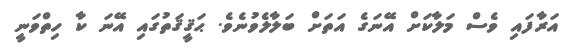
އަރާފައި ވެސް މަލާކަށް އޭނަގެ އަތަށް ބަލާލެވުނެވެ. ޙަޤީޤަތުގައި އޭނަ ކާ ހިތްވަނީ